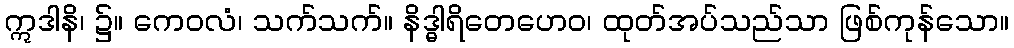
ဣဒါနိ၊ ၌။ ကေဝလံ၊ သက်သက်။ နိဒ္ဓါရိတေဟေဝ၊ ထုတ်အပ်သည်သာ ဖြစ်ကုန်သော။